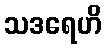
သဒရေဟိ